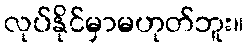
လုပ်နိုင်မှာမဟုတ်ဘူး။